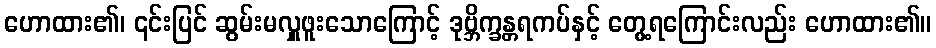
ဟောထား၏၊ ၎င်းပြင် ဆွမ်းမလှူဖူးသောကြောင့် ဒုဗ္ဘိက္ခန္တရကပ်နှင့် တွေ့ရကြောင်းလည်း ဟောထား၏။